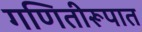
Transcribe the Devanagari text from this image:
गणितीरूपात